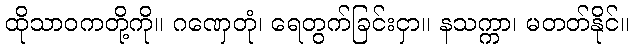
ထိုသာဝကတို့ကို။ ဂဏှေတုံ၊ ရေတွက်ခြင်းငှာ။ နသက္ကာ၊ မတတ်နိုင်။